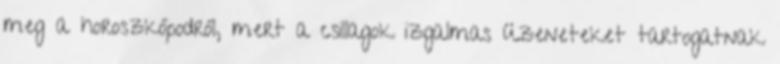
meg a horoszkópodról, mert a csillagok izgalmas üzeneteket tartogatnak